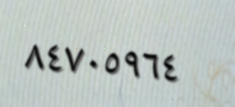
٨٤٧٠٥٩٦٤